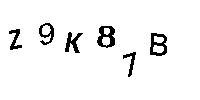
Z9K87B